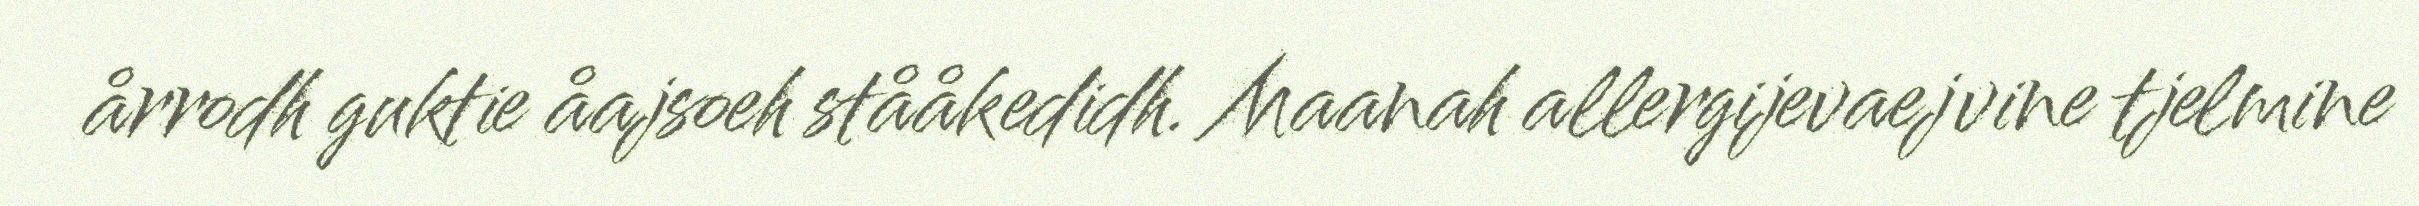
årrodh guktie åajsoeh stååkedidh. Maanah allergijevaejvine tjelmine